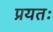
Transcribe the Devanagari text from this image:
प्रयतः